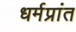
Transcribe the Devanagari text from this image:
धर्मप्रांत